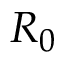
R _ { 0 }